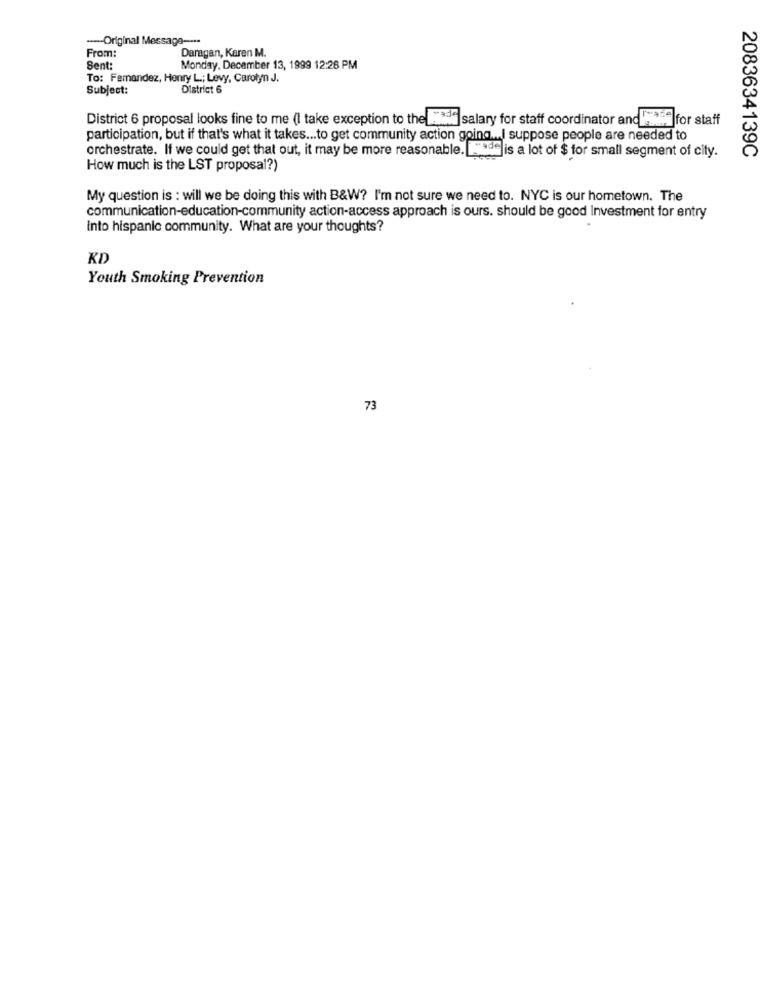
---- Original Message -···
Daragan, Karen M.
From:
Sent:
Monday, December 13, 1999 12:26 PM
To: Femandez, Henry L .; Levy, Carolyn J.
Subject:
District 6
District 6 proposal looks fine to me (I take exception to the hade salary for staff coordinator and ...., for staff
participation, but if that's what it takes ... to get community action going ... I suppose people are needed to
2083634139C
orchestrate. If we could get that out, it may be more reasonable. vadelis a lot of $ for small segment of city.
How much is the LST proposal?)
My question is : will we be doing this with B&W? I'm not sure we need to. NYC is our hometown. The
communication-education-community action-access approach is ours. should be good Investment for entry
into hispanic community. What are your thoughts?
KD
Youth Smoking Prevention
73